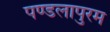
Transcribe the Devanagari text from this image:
पण्डलापुरम